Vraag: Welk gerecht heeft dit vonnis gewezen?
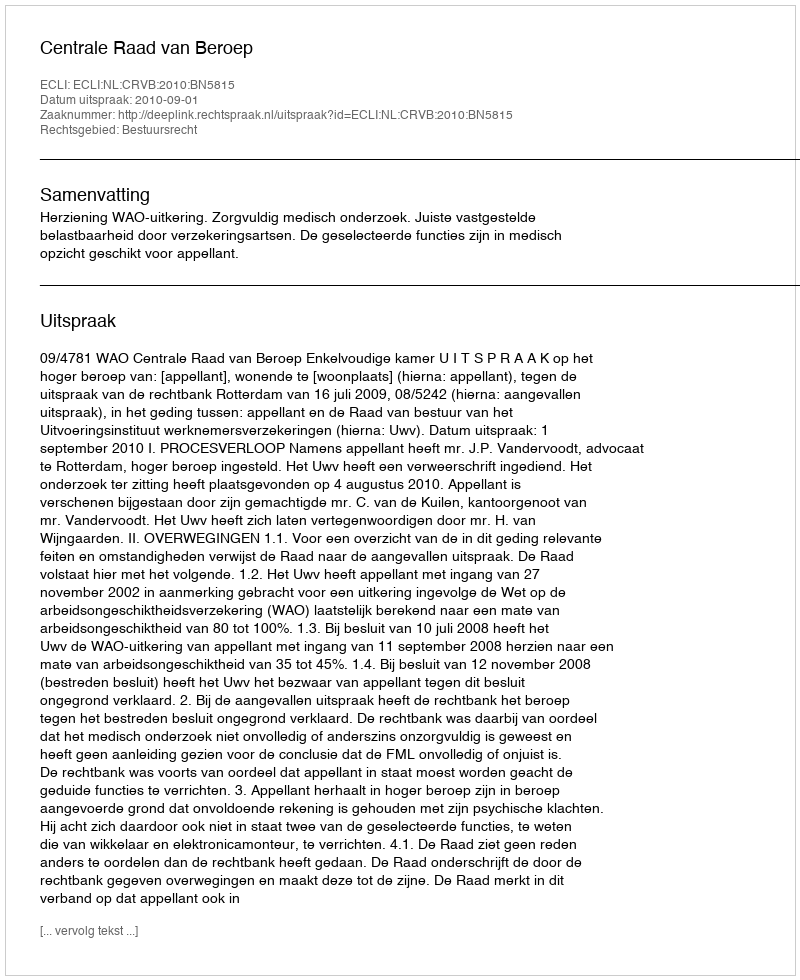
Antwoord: Centrale Raad van Beroep